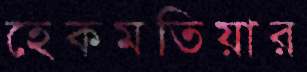
হেকমতিয়ার